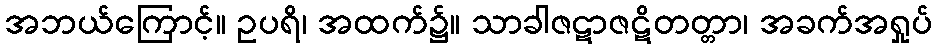
အဘယ်ကြောင့်။ ဥပရိ၊ အထက်၌။ သာခါဇဋာဇဋိတတ္တာ၊ အခက်အရှုပ်